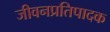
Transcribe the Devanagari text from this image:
जीवनप्रतिपादक